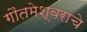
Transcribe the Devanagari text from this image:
गौतमेश्वराचे